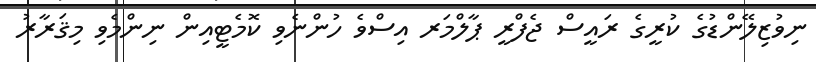
ނިވުޒިލޭންޑުގެ ކުރީގެ ރައީސް ޖެފްރީ ޕާލްމަރ އިސްވެ ހުންނެވި ކޮމެޓީއިން ނިންމެވި މިޤަރާރު